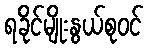
ရခိုင်မျိုးနွယ်စုဝင်